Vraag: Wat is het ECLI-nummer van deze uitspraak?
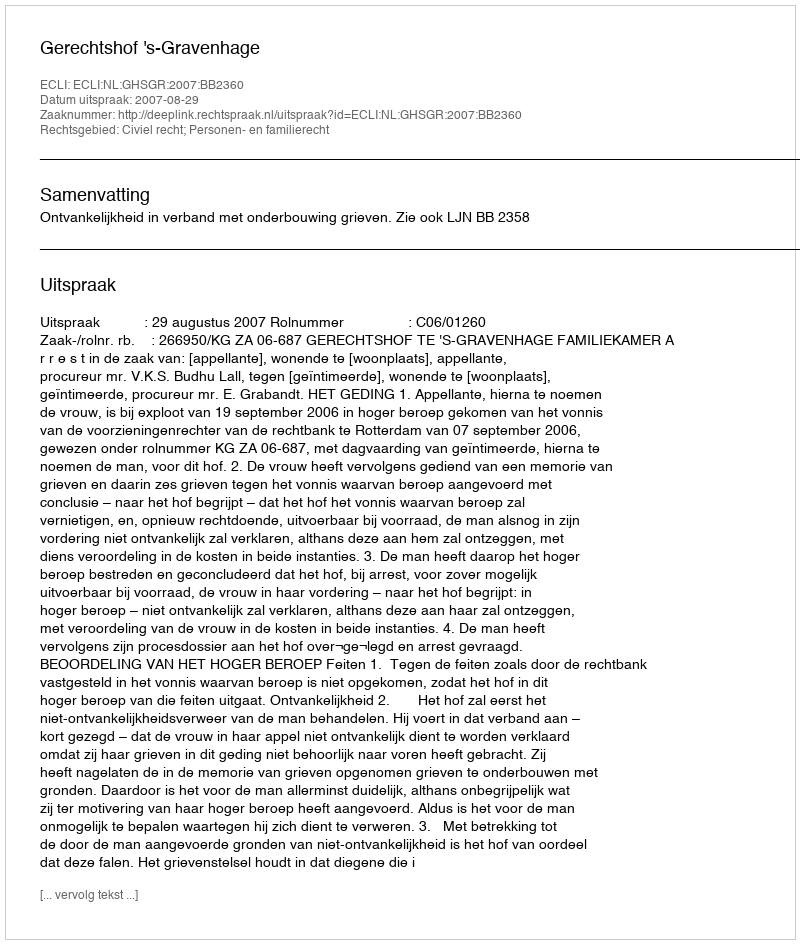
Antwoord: ECLI:NL:GHSGR:2007:BB2360